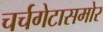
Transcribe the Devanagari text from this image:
चर्चगेटासमोर